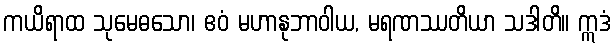
ကယိရာထ သုမေဓသော၊ ဧဝံ မဟာနုဘာဝါယ, မရဏဿတိယာ သဒါတိ။ ဣဒံ